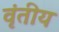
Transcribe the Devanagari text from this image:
वृंतीय